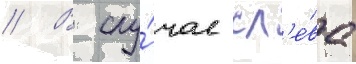
// В слу́чае сл'е́ва